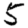
Digit: 5